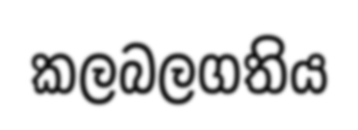
කලබලගතිය